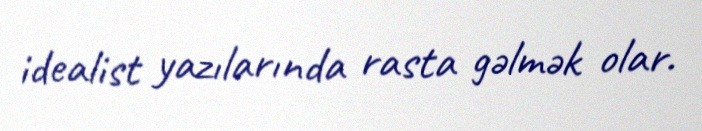
idealist yazılarında rasta gəlmək olar.